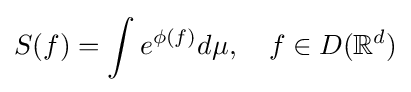
S(f)=\int e^{\phi (f)}d\mu ,\quad f\in D(\mathbb {R} ^{d})